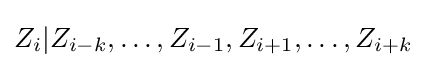
Z_{i}|Z_{i-k},\ldots ,Z_{i-1},Z_{i+1},\ldots ,Z_{i+k}